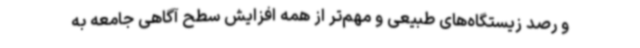
و رصد زیستگاه‌های طبیعی و مهم‌تر از همه افزایش سطح آگاهی جامعه به